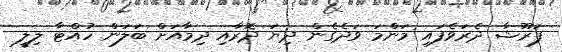
ފަރޫޝާ ދެރަވެފައި މަންމަ ވަދެގެން ދިޔަ ދޮރާއި ދިމާއަށް ބަލަން ހުއްޓާ ލިލީ